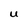
Character: U